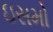
ઇસમો